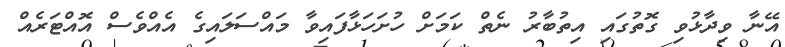
އޭނާ ވިދާޅުވި ގޮތުގައި އިތުބާރު ނެތް ކަމަށް ހުށަހަޅާފައިވާ މައްސަލައިގެ އެއްވެސް އޮއްޓަރެއް